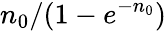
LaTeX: n_{0}/(1-e^{-n_{0}})